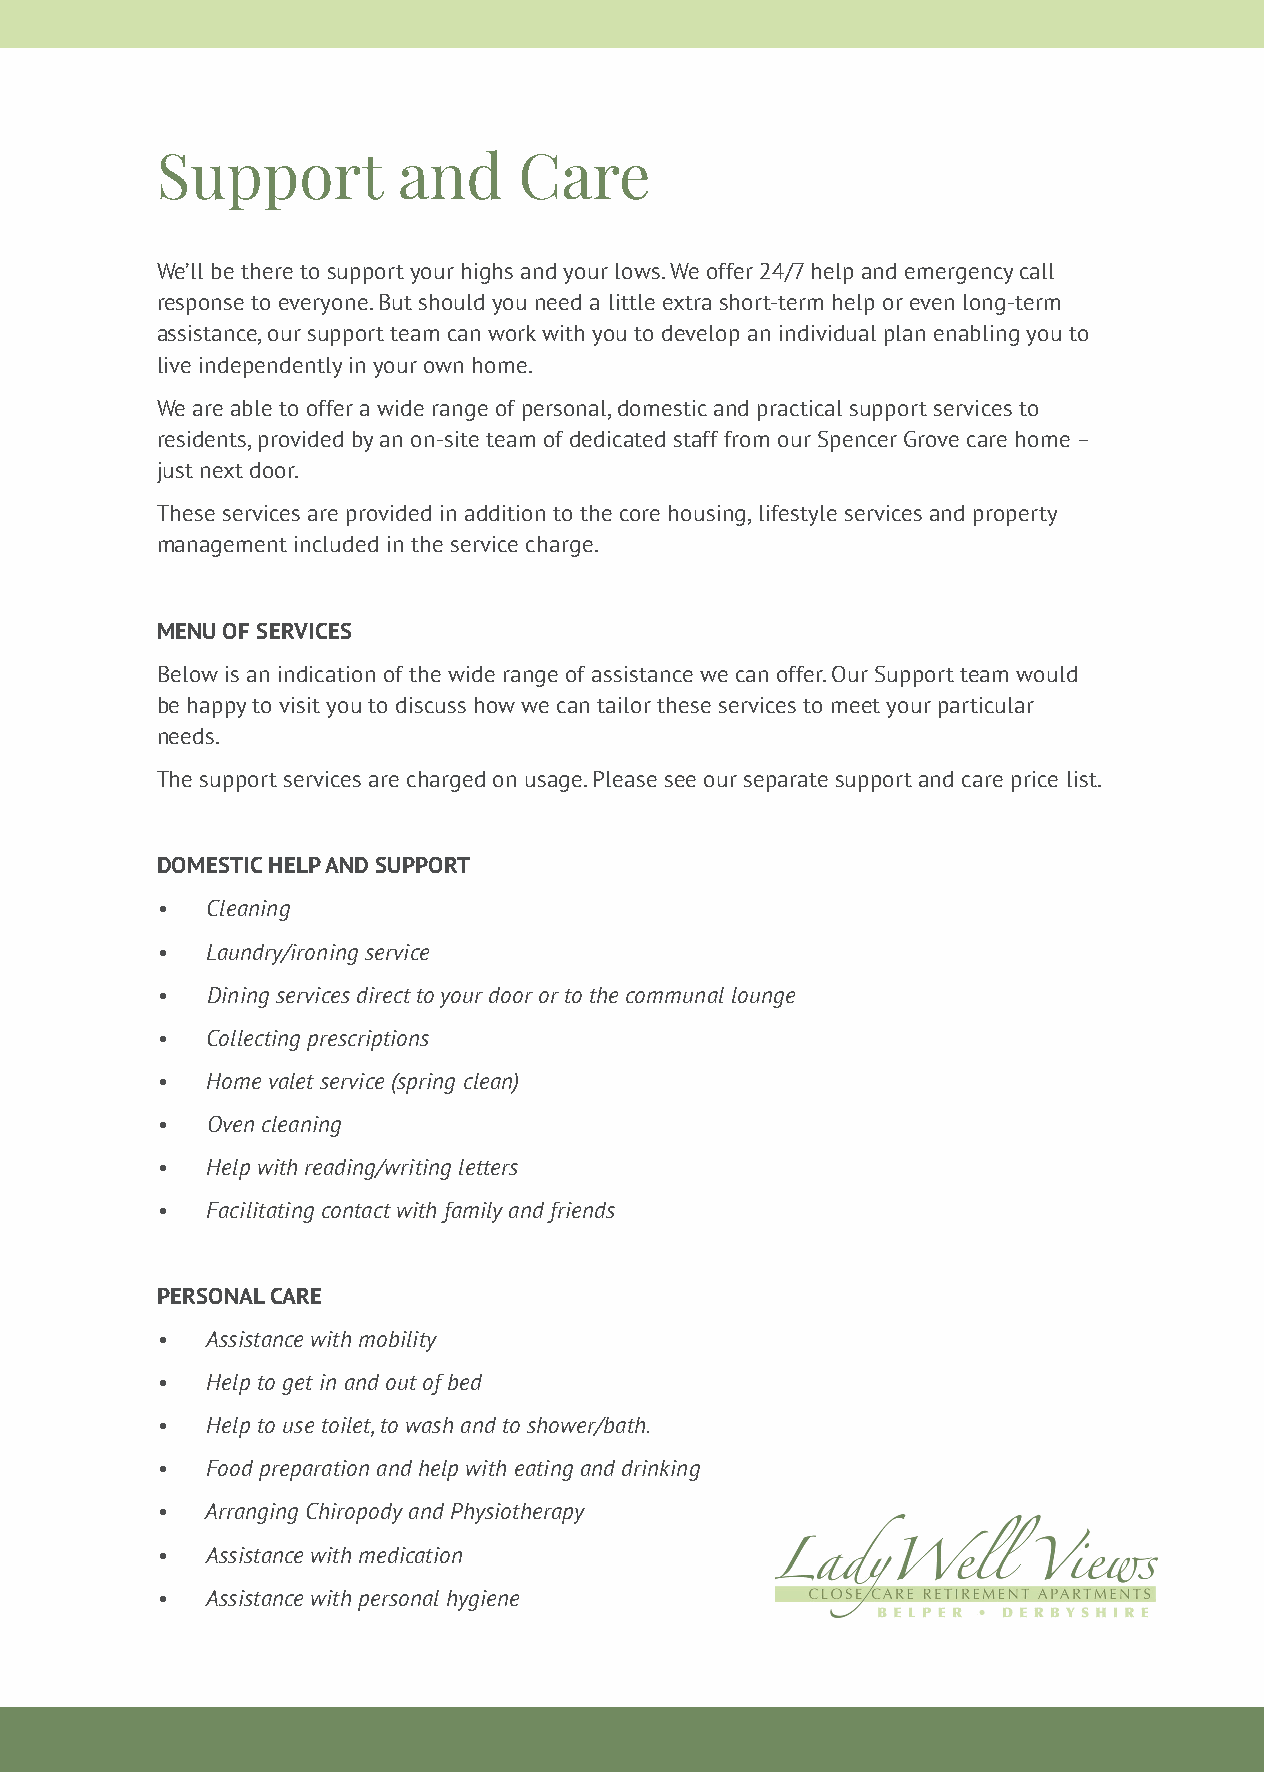
Support         and     Care
 We’ll be there to support your highs and your lows. We offer 24/7 help and emergency call
 response to everyone. But should you need a little extra short-term help or even long-term
 assistance, our support team can work with you to develop an individual plan enabling you to
 live independently in your own home.
 We are able to offer a wide range of personal, domestic and practical support services to
 residents, provided by an on-site team of dedicated staff from our Spencer Grove care home –
 just next door.
 These services are provided in addition to the core housing, lifestyle services and property
 management included in the service charge.
 MENU OF SERVICES
 Below is an indication of the wide range of assistance we can offer. Our Support team would
 be happy to visit you to discuss how we can tailor these services to meet your particular
 needs.
 The support services are charged on usage. Please see our separate support and care price list.
 DOMESTIC HELP AND SUPPORT
 •   Cleaning
 •   Laundry/ironing service
 •   Dining services direct to your door or to the communal lounge
 •   Collecting prescriptions
 •   Home valet service (spring clean)
 •   Oven cleaning
 •   Help with reading/writing letters
 •   Facilitating contact with family and friends
 PERSONAL CARE
 •   Assistance with mobility
 •   Help to get in and out of bed
 •   Help to use toilet, to wash and to shower/bath.
 •   Food preparation and help with eating and drinking
 •   Arranging Chiropody and Physiotherapy
 •   Assistance with medication
 •   Assistance with personal hygiene